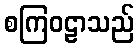
စကြဝဠာသည်